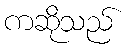
ကဆိုသည်